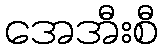
အေအီးစီ